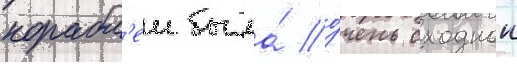
корабл'еи была́ о́чень сходнои